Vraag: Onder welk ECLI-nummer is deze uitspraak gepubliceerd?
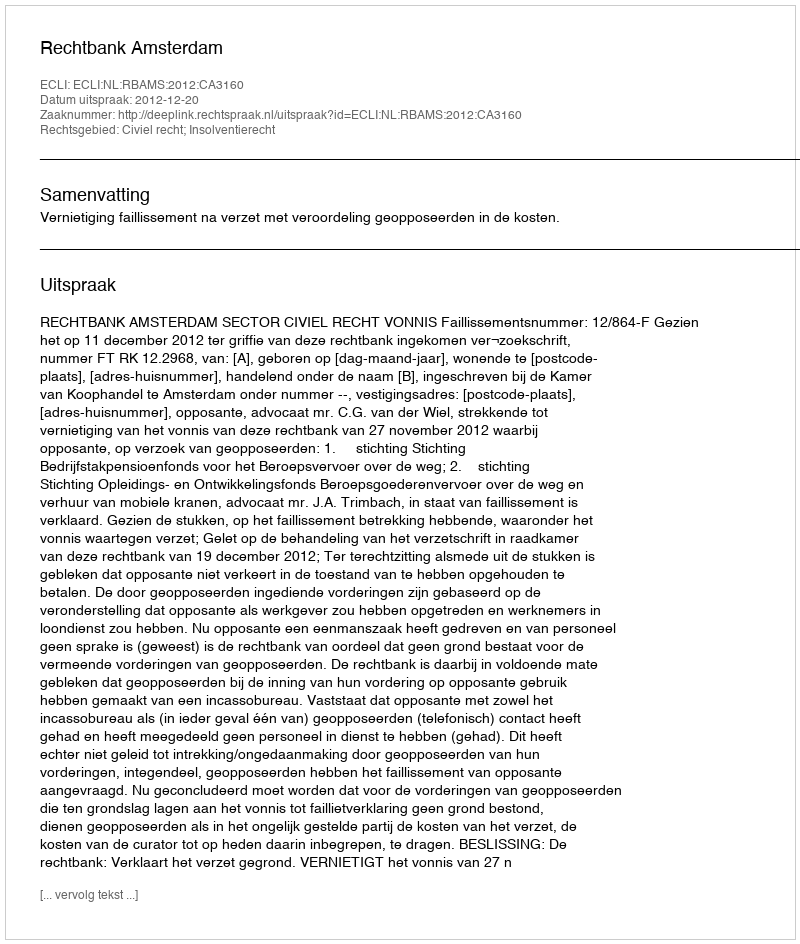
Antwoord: ECLI:NL:RBAMS:2012:CA3160